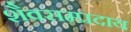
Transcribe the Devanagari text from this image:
शैवसम्प्रदाय